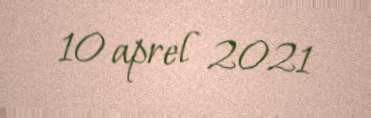
10 aprel 2021